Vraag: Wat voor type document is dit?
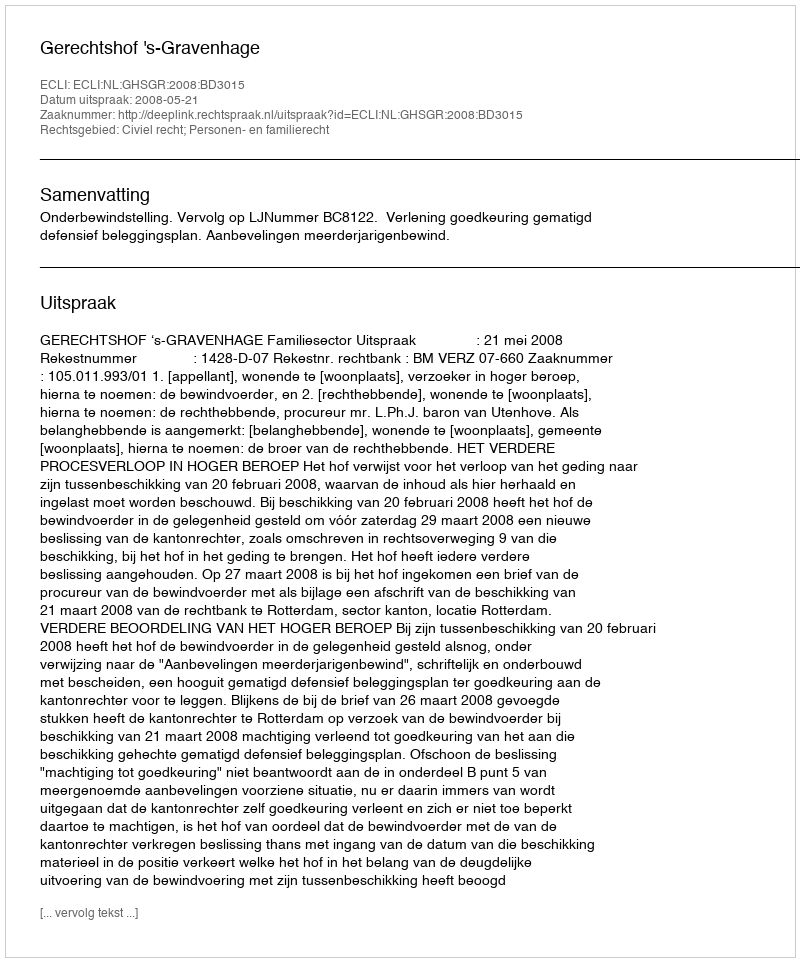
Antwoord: Uitspraak